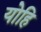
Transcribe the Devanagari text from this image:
योहि